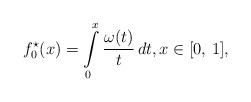
LaTeX: \begin{align*}f^{\star}_0(x)=\int\limits_{0}^{x} \frac{\omega (t)}{t}\, dt,x\in [0,\,1],\end{align*}